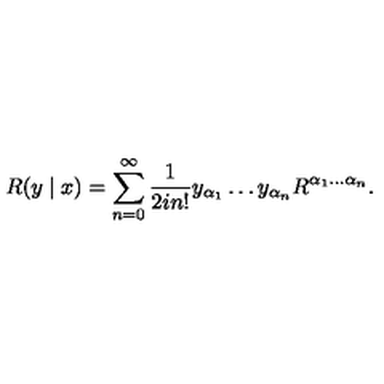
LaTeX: R ( y \mid x ) = \sum _ { n = 0 } ^ { \infty } \frac { 1 } { 2 i n ! } y _ { \alpha _ { 1 } } \ldots y _ { \alpha _ { n } } R ^ { \alpha _ { 1 } \ldots \alpha _ { n } } .